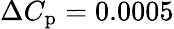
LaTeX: \Delta C_{\mathrm{p}}=0.0005